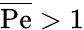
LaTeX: \overline{\mathrm{Pe}}>1